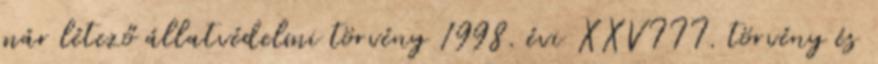
már létező állatvédelmi törvény 1998. évi XXVIII. törvény és